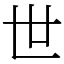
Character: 世